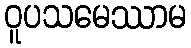
ဝူပသမေဿာမ